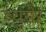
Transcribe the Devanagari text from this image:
ब्युसेर